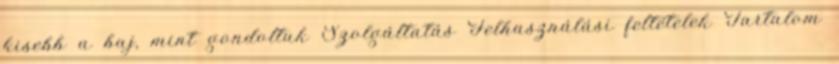
kisebb a baj, mint gondoltuk Szolgáltatás Felhasználási feltételek Tartalom